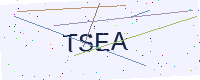
Text: TSEA